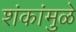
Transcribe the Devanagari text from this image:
शंकांमुळे